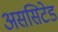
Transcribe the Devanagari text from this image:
अससिटेड